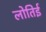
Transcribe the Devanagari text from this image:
लोतिई